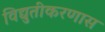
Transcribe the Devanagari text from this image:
विद्युतीकरणास